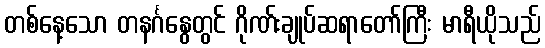
တစ်နေ့သော တနင်္ဂနွေတွင် ဂိုဏ်းချုပ်ဆရာတော်ကြီး မာရီယိုသည်